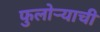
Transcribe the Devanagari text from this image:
फुलोऱ्याची